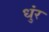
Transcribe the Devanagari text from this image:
धुंर